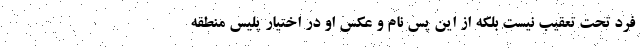
فرد تحت تعقیب نیست بلکه از این پس نام و عکس او در اختیار پلیس منطقه